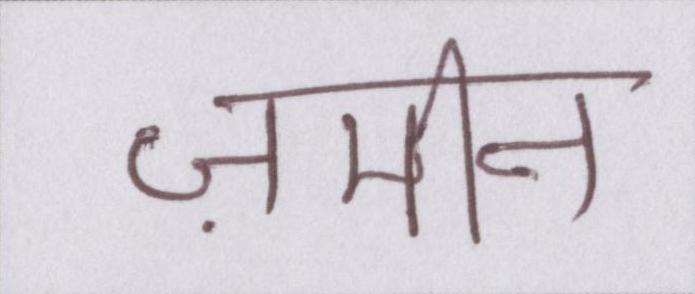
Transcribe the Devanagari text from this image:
ज़मीन